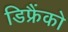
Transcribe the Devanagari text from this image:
डिफ्रैंको